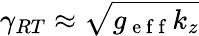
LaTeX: \gamma_{RT}\approx\sqrt{g_{\mathrm{~e~f~f~}}k_{z}}